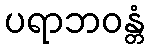
ပရာဘဝန္တံ